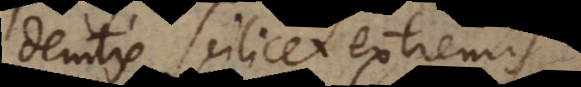
demtis scilicet extremis